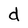
Character: d